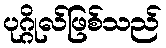
ပုဂ္ဂိုလ်ဖြစ်သည်